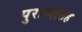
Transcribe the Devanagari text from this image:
पुराव्यासह